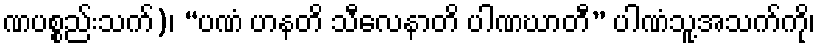
ဏပစ္စည်းသက်)၊ “ပဏံ ဟနတိ သီလေနာတိ ပါဏဃာတီ” ပါဏံသူ့အသက်ကို၊